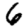
Digit: 6